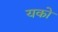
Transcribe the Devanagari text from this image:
यको